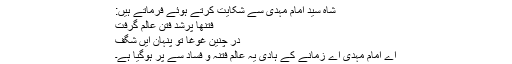
شاہ سید امام مہدی ؑسے شکایت کرتے ہوئے فرماتے ہیں:
فتنھا پرشد فتن عالم گرفت
در چنین غوغا تو پنہان ایں شگف
اے امام مہدی اے زمانے کے ہادی یہ عالم فتنہ و فساد سے پر ہوگیا ہے۔